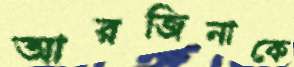
আরজিনাকে